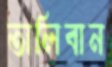
তালিবান